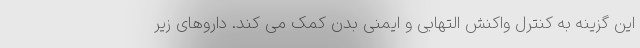
این گزینه به کنترل واکنش التهابی و ایمنی بدن کمک می کند. داروهای زیر